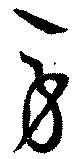
旁